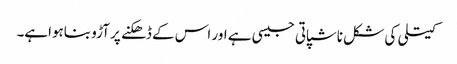
کیتلی کی شکل ناشپاتی جیسی ہے اور اس کے ڈھکنے پر آڑو بناہواہے۔